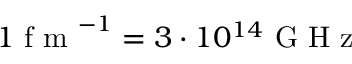
1 \mathrm { ~ f ~ m ~ } ^ { - 1 } = 3 \cdot 1 0 ^ { 1 4 } \mathrm { ~ G ~ H ~ z ~ }